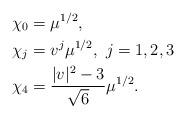
LaTeX: \begin{align*} \chi_0&= \mu^{1/2},\\ \chi_j&=v^j \mu^{1/2},\ j=1,2,3\\ \chi_4&=\frac{|v|^2-3}{\sqrt{6}} \mu^{1/2}. \end{align*}